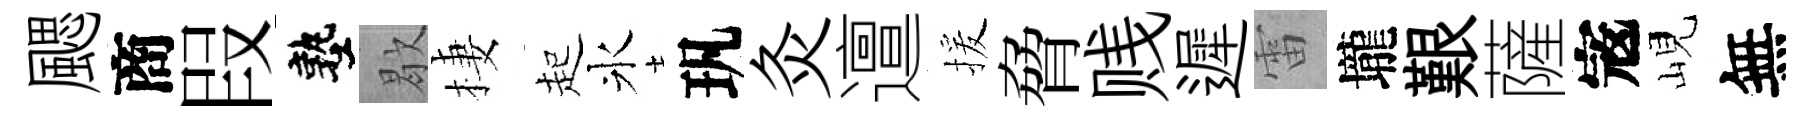
颸商叚塾歇棲起氷㺬灸邅援脅贱遲雷壠艱薩𡨥峴無